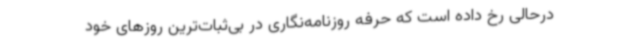
درحالی رخ داده است که حرفه روزنامه‌نگاری در بی‌ثبات‌ترین روزهای خود